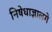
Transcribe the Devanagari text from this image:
निषेधाज्ञालगे